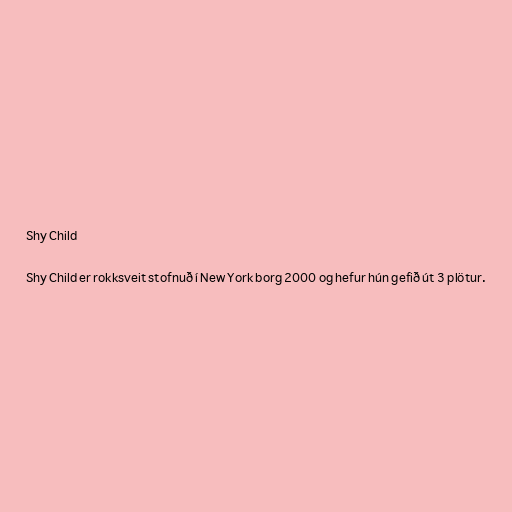
Shy Child

Shy Child er rokksveit stofnuð í New York borg 2000 og hefur hún gefið út 3 plötur.